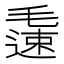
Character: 𨖧